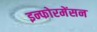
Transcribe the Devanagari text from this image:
इन्फोरमेंसन